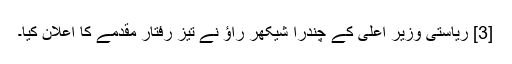
[3] ریاستی وزیر اعلیٰ کے چندرا شیکھر راؤ نے تیز رفتار مقدمے کا اعلان کیا۔